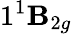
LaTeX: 1^{1}\mathbf{B}_{2g}